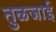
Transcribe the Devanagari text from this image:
तुळजाई